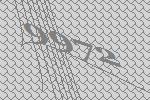
9972